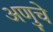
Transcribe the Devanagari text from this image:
अणुचे